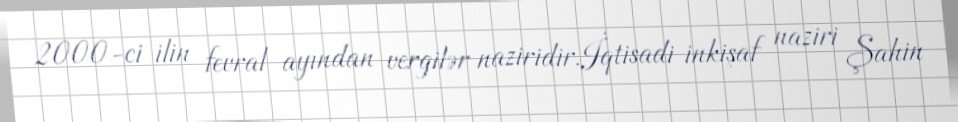
2000-ci ilin fevral ayından vergilər naziridir.İqtisadi inkişaf naziri Şahin